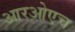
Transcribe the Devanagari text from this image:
आरओएच